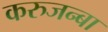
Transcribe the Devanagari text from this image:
करुजन्बा